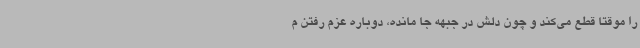
را موقتا قطع می‌کند و چون دلش در جبهه جا مانده، دوباره عزم رفتن م